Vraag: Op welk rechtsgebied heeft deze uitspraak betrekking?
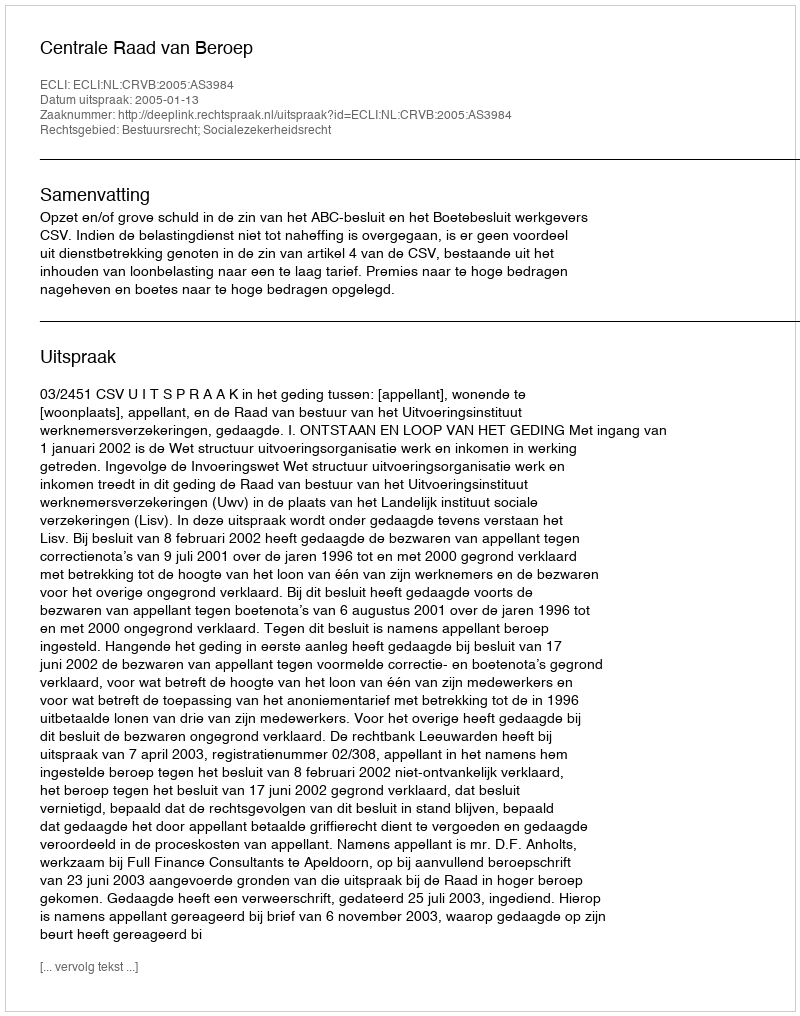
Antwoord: Bestuursrecht; Socialezekerheidsrecht